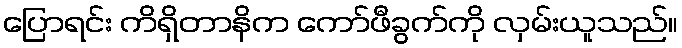
ပြောရင်း ကိရှိတာနိက ကော်ဖီခွက်ကို လှမ်းယူသည်။